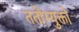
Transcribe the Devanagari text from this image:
ततोभ्युक्तो